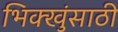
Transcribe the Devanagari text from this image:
भिक्खुंसाठी